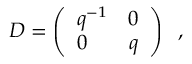
D = \left( \begin{array} { l c } { { q ^ { - 1 } } } & { { 0 } } \\ { { 0 } } & { { q } } \end{array} \right) \; \; ,